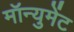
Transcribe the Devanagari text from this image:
मॉन्युमेंट